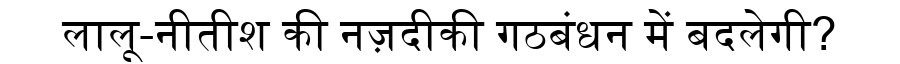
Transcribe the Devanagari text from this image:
लालू-नीतीश की नज़दीकी गठबंधन में बदलेगी?